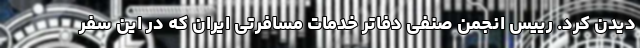
دیدن کرد. رییس انجمن صنفی دفاتر خدمات مسافرتی ایران که در این سفر